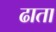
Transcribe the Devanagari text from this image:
ढाता